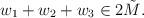
LaTeX: \begin{align*}w_1 + w_2 + w_3 \in 2\tilde M.\end{align*}